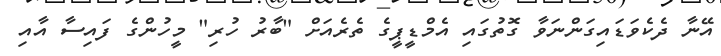
އޭނާ ދެކެވަޑައިގަންނަވާ ގޮތުގައި އެމްޑީޕީގެ ތެރެއަށް "ބާރު ހުރި" މީހުންގެ ފައިސާ އާއި